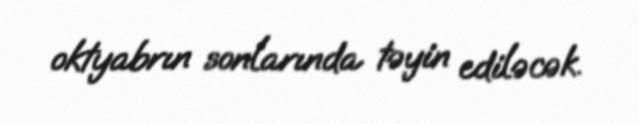
oktyabrın sonlarında təyin ediləcək.